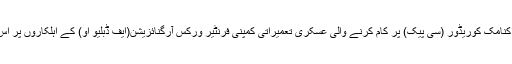
4 نومبر جمعہ کے روز ضلع کیچ میں ہوشاب کے سوراپ ندی میں چین پاکستان اکنامک کوریڈور (سی پیک) پر کام کرنے والی عسکری تعمیراتی کمپنی فرنٹیر ورکس آرگنائزیشن(ایف ڈبلیو او) کے اہلکاروں پر اُس وقت حملہ کیا، جب دو ٹینکر ،ایک فوجی گاڑی کے ساتھ پانی بھرنے آئے تھے۔